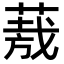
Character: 𮐈